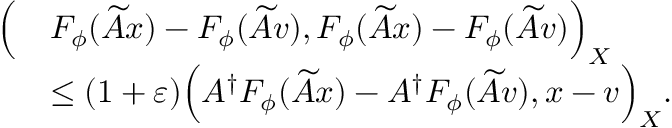
\begin{array} { r l } { \Bigl ( } & { F _ { \phi } ( \widetilde { A } x ) - F _ { \phi } ( \widetilde { A } v ) , F _ { \phi } ( \widetilde { A } x ) - F _ { \phi } ( \widetilde { A } v ) \Bigr ) _ { X } } \\ & { \leq ( 1 + \varepsilon ) \Bigl ( A ^ { \dagger } F _ { \phi } ( \widetilde { A } x ) - A ^ { \dagger } F _ { \phi } ( \widetilde { A } v ) , x - v \Bigr ) _ { X } . } \end{array}